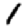
Digit: 1